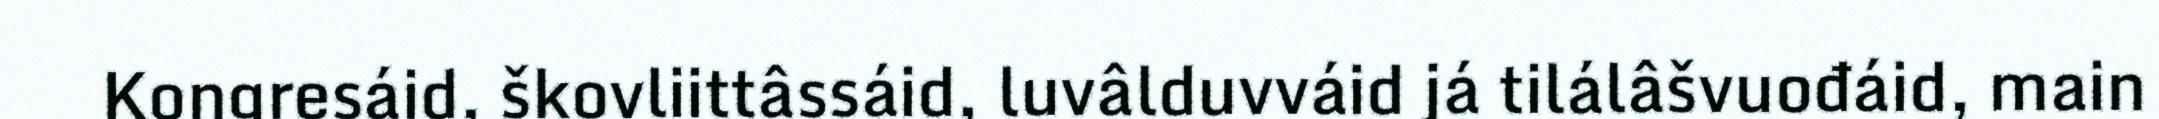
Kongresáid, škovliittâssáid, luvâlduvváid já tilálâšvuođáid, main